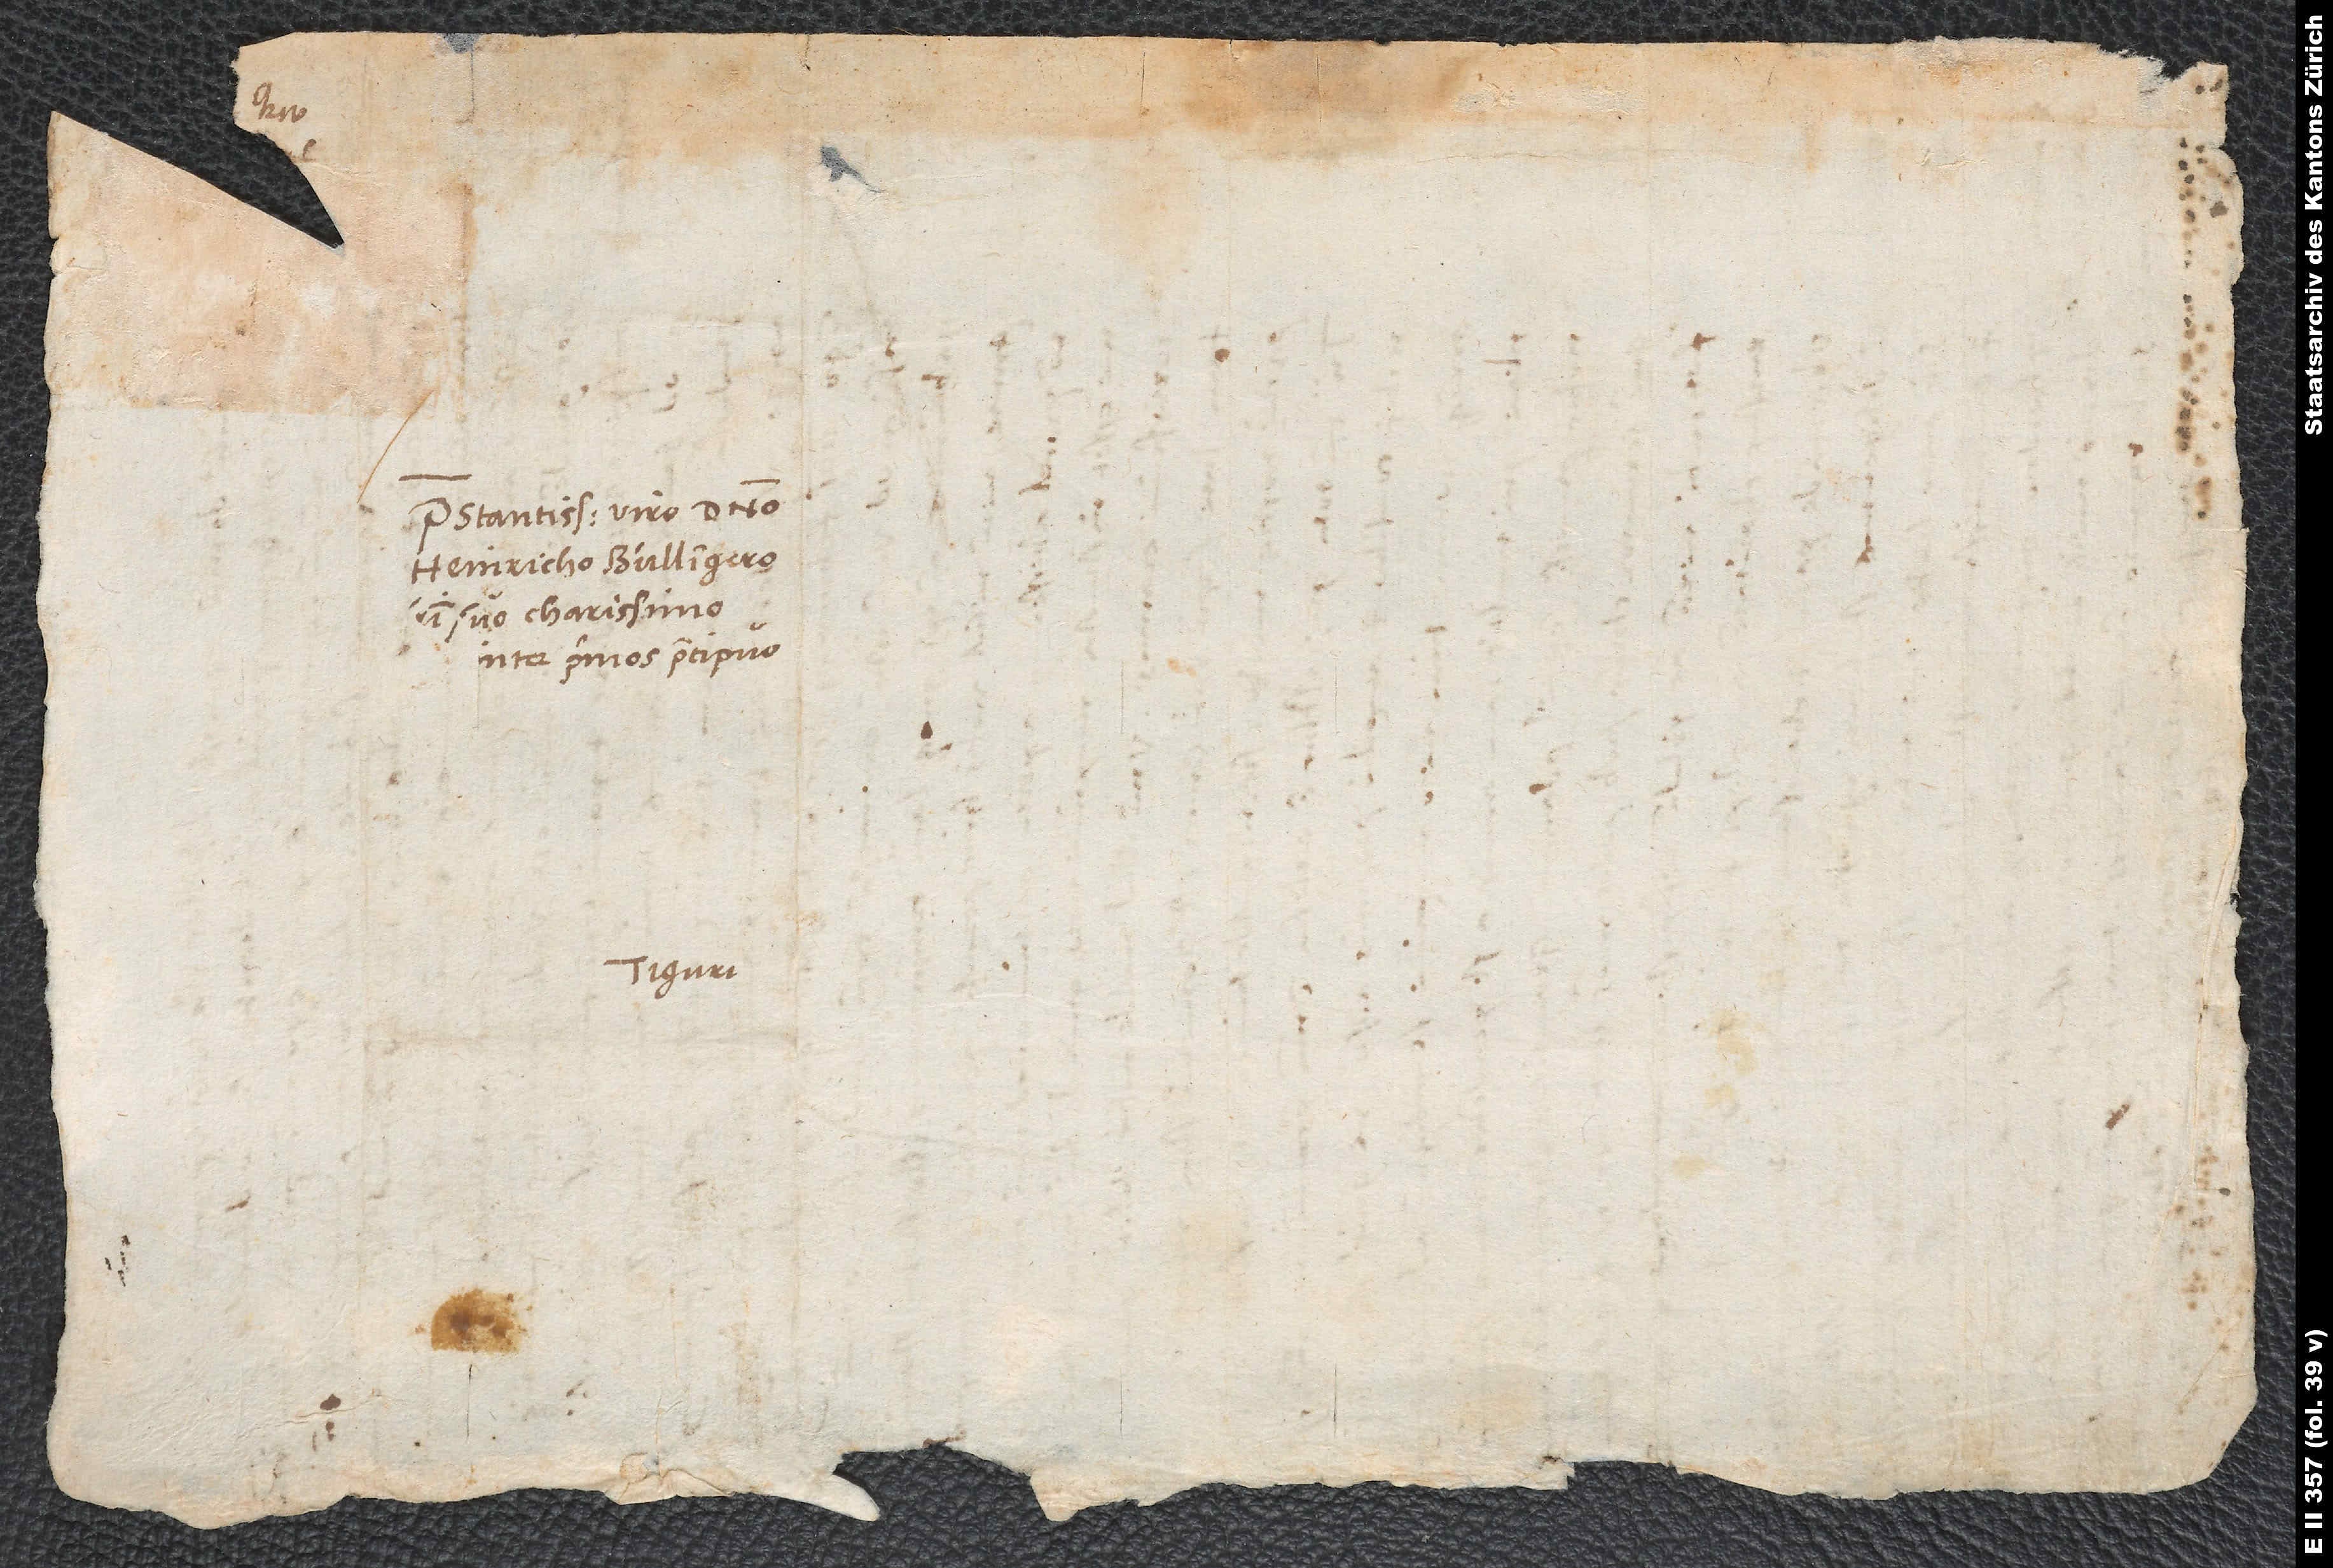
Praestantissimo viro domino
Heinricho Bullingero,
suo charissimo
inter primos praecipuo.
Tiguri.